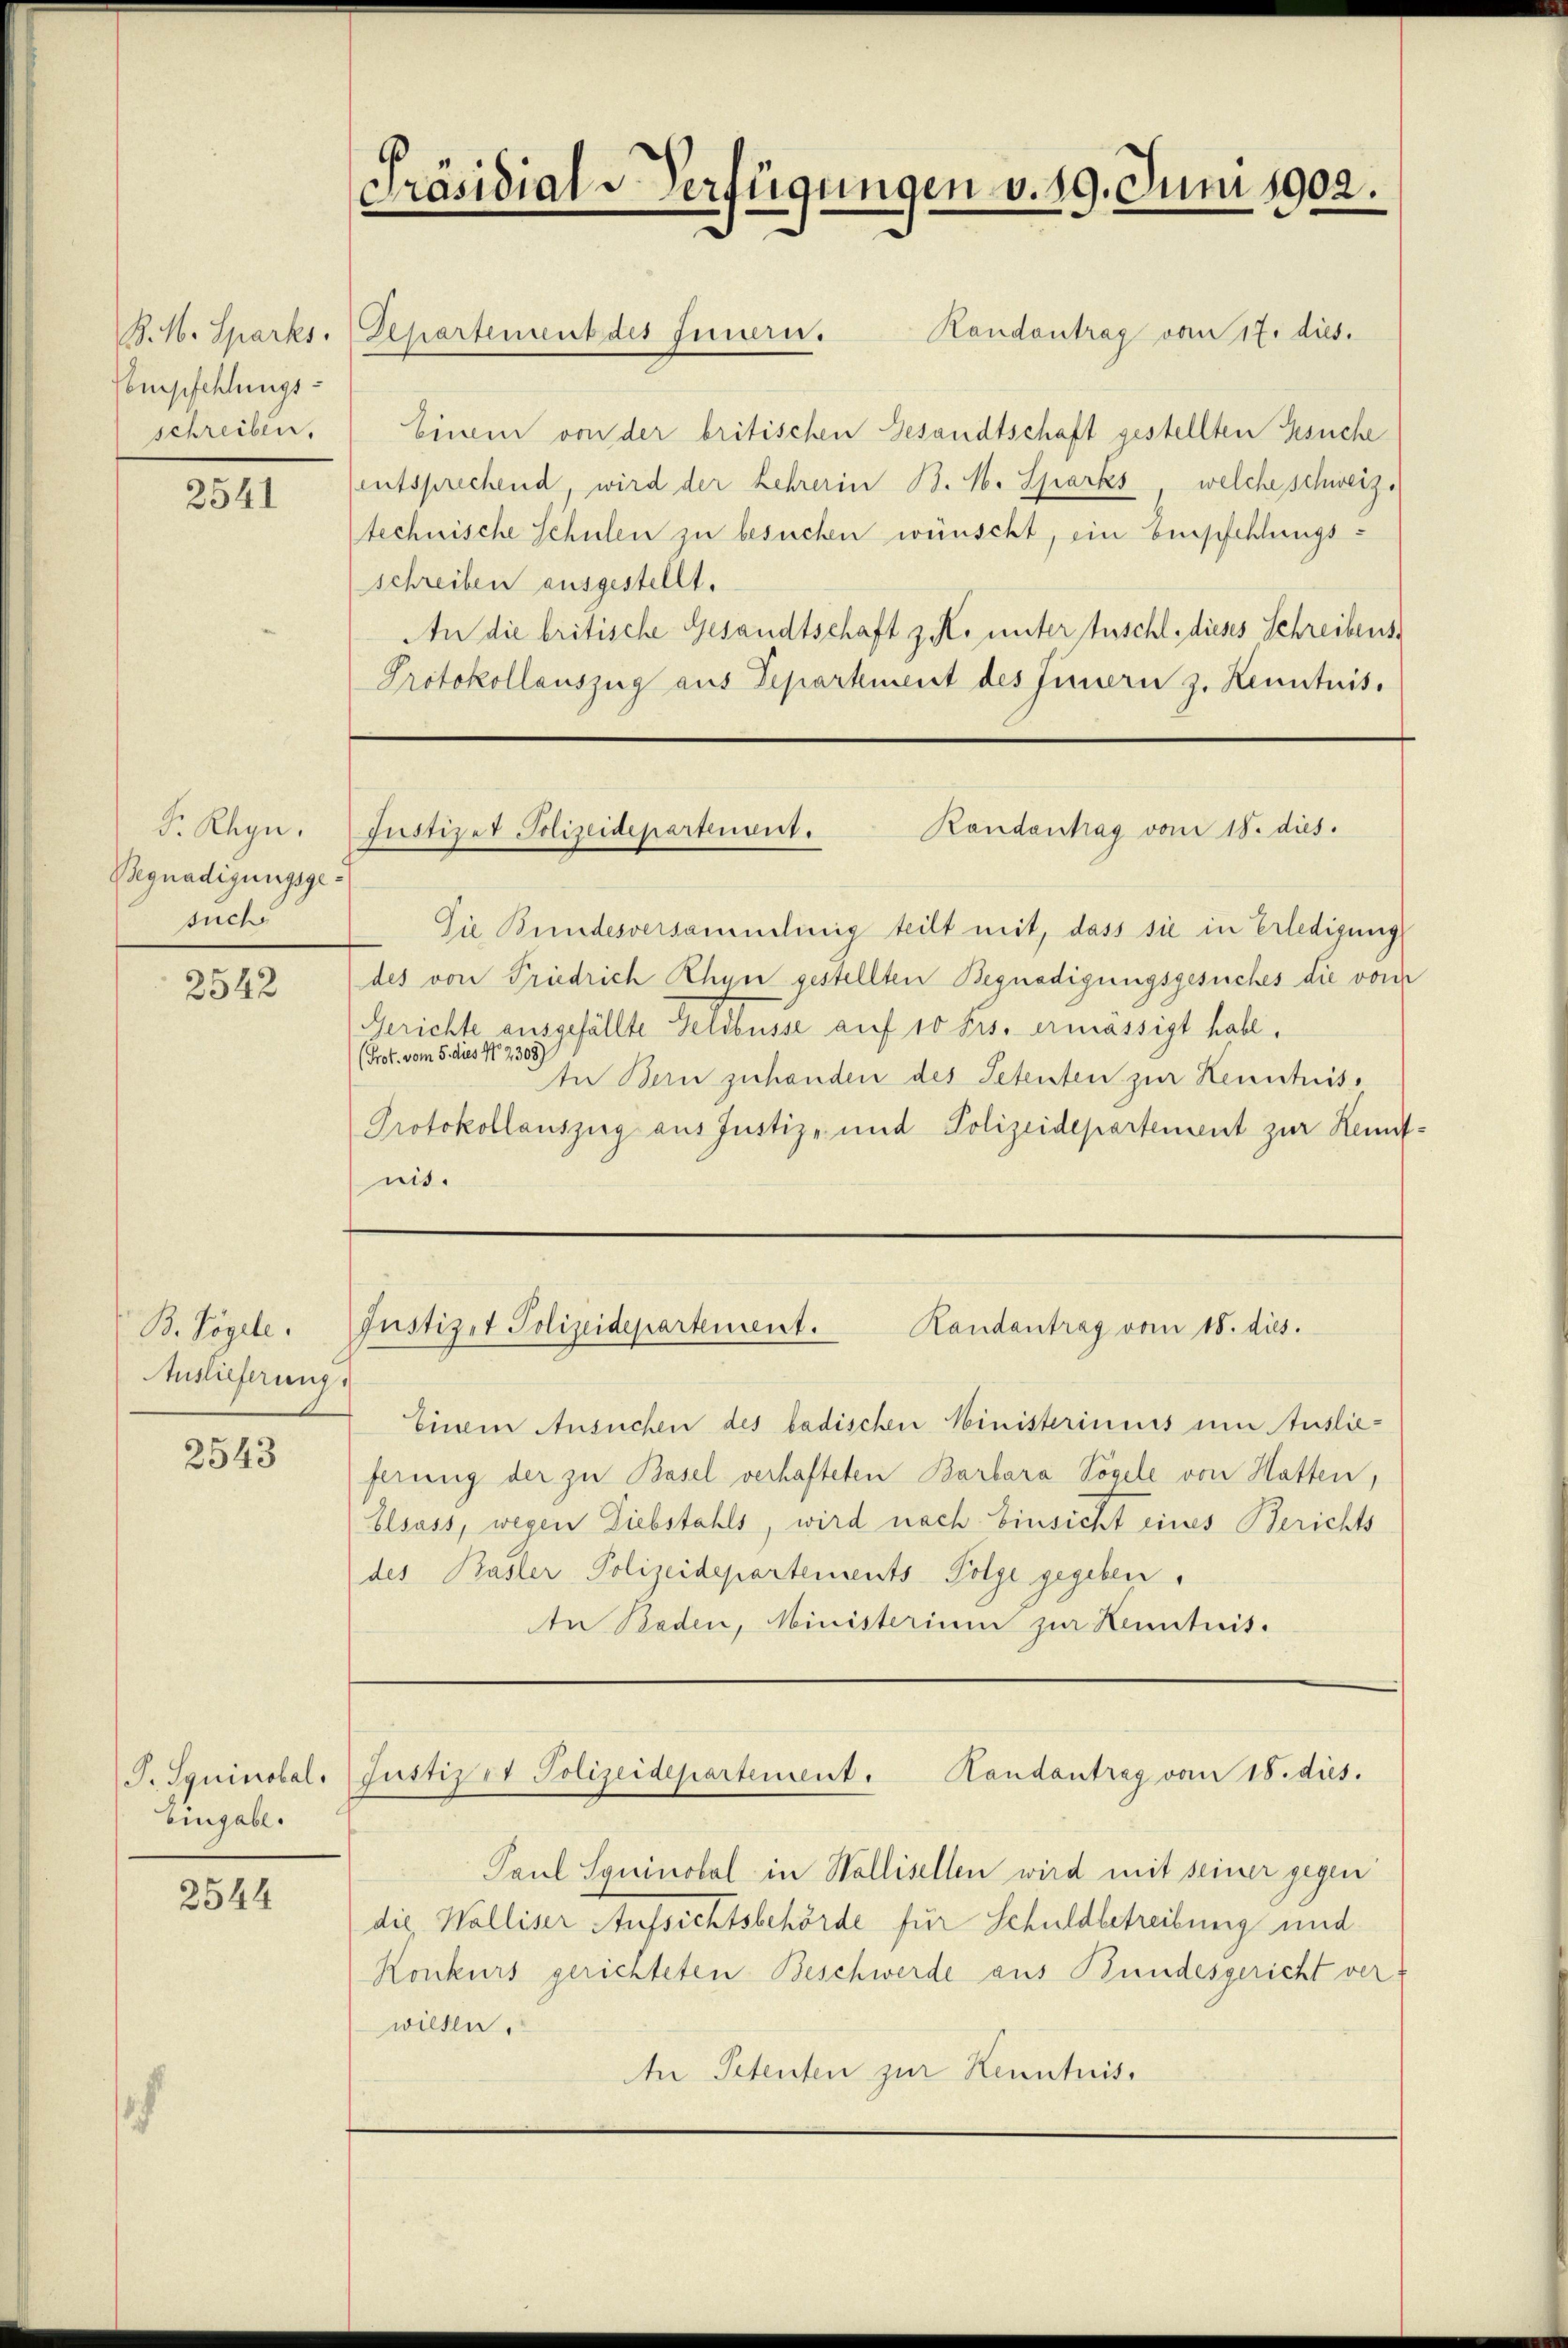
Cempfehlungsschreiben.

2541

S. Regn.
Begnadigungsgesuch

2542

B. Vögele
Auslieferung

2543

P. Squinolal.
Eingabe.

2544

Präsidial-Verfügungen v. 29. Juni 1902.

B. H. Sparks. Departement des Innern.

Randantrag vom 17. dies
Einem von der britischen Gesandtschaft gestellten Gesuche
(entsprechend, wird der Lehrerin B. H. Sparks, welche schweiz.
technische Schulen zu besuchen wünscht, ein Empfehlungsschreiben ausgestellt.
An die britische Gesandtschaft z. K. unter fuscht, dieses Schreibens¬
Protokollauszug aus Departement des Innern z. Kenntnis.

Randentrag vom 18. dies.
Justizer Polizeidepartement.

Justizet Polizeidepartement. Kandantrag vom 18. dies.

Einem Ansuchen des badischen Ministeriums um Auslieferung der zu Basel verhafteten Barbara Vögele von Hatten,
Elsass, wegen Liebstahls, wird nach Einsicht eines Berichts
des Basler Polizeidepartements Folge gegeben.
An Baden, Ministerium zur Kenntnis.

Justiz et Polizeidepartement. Kandantrag vom 18. dies.

Paul Syninolal in Wallisellen wird mit seiner gegen
die Walliser Aufsichtsbehörde für Schuldbetreibung und
Konkurs gerichteten Beschwerde aus Bundesgericht verwillen,
An Petenten zur Kenntnis.

Die Bundesversammlinig teilt mit, dass sie in Erledigung
des von Friedrich Rhun gestellten Begnadigungsgesuches die von
Gerichte ausgefällte Geldbusse auf 10 Frs. ermässigt habe.
(Prot. vom 5. dies N. 2308)
In Bern zuhanden des Petenten zur Kenntnis¬
Protokollauszug aus Justiz- und Polizeidepartement zur Kenntnis.